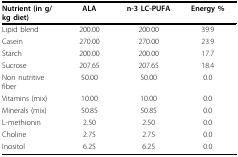
| Nutrient (in g/kg diet) | ALA | n-3 LC-PUFA | Energy % |
 | --- | --- | --- | --- |
 | Lipid blend | 200.00 | 200.00 | 39.9 |
 | Casein | 270.00 | 270.00 | 23.9 |
 | Starch | 200.00 | 200.00 | 17.7 |
 | Sucrose | 207.65 | 207.65 | 18.4 |
 | Non nutritive fiber | 50.00 | 50.00 | 0.0 |
 | Vitamins (mix) | 10.00 | 10.00 | 0.0 |
 | Minerals (mix) | 50.85 | 50.85 | 0.0 |
 | L-methionin | 2.50 | 2.50 | 0.0 |
 | Choline | 2.75 | 2.75 | 0.0 |
 | Inositol | 6.25 | 6.25 | 0.0 |